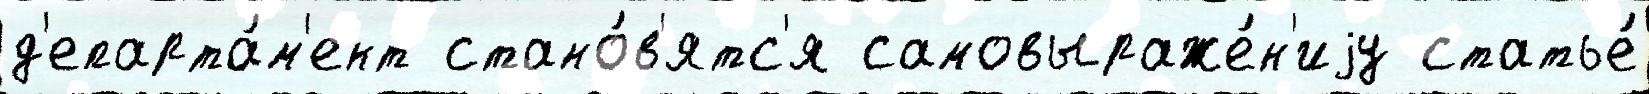
д'епарта́м'ент стано́в'ятс'я самовыраже́н'иjу статье́